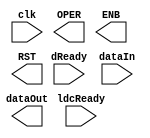
`timescale 1ns / 1ps
//////////////////////////////////////////////////////////////////////////////////
// University: Universidad Nacional de Colombia
// Students: Christian Camilo Cuestas Ibanez
// 
// Module Name:    dataControl 
// Project Name:  Proyecto Digital I: Reloj de Ajedrez
// Target Devices: Nexys 4
// Description:
//
//////////////////////////////////////////////////////////////////////////////////
module serial2Paralel(
	input	wire		clk,
	input wire		dReady,
	input	wire [23:0]	dataIn,
	input	wire		ldcReady,
	output	reg	dataOut,
	output	reg [1:0]	OPER,
	output	reg	ENB,
	output	reg	RST
    );


endmodule